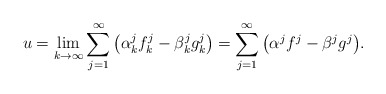
\begin{align*}u=\lim_{k\to\infty}\sum_{j=1}^\infty \big(\alpha_k^j f_k^j - \beta_k^j g_k^j\big)=\sum_{j=1}^\infty \big(\alpha^j f^j - \beta^j g^j \big).\end{align*}